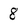
Character: 8